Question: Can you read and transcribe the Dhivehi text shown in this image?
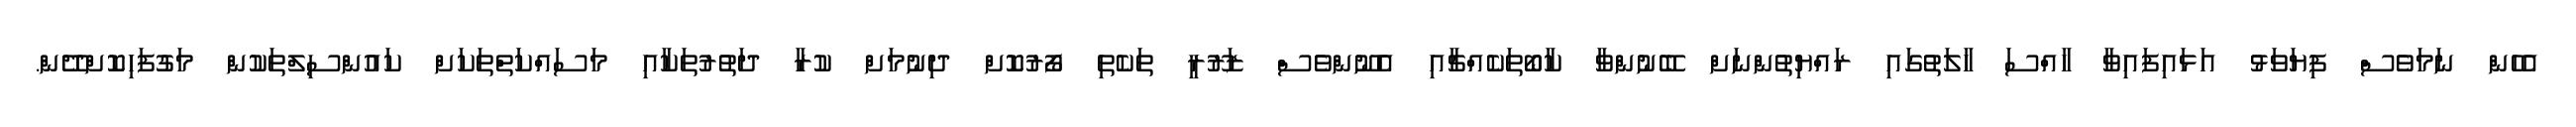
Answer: އެހެން ނަމަވެސް ފިޔަވަޅު އަޅައިފައިވާ ހާއްސަ ހާލަތުގައި ރައްޔިތުންނަށް ބޭނުންވާ ކާބޯތަކެއްޗާއި އެނޫންވެސް ޒަރޫރީ ތަކެތި ފޯރުކޮށް ދިނުމަށް ކުރާ ދަތުރުތަކާއި މަސައްކަތްތަކަށް ކައުންސިލްތަކުން މަގުފަހިކޮށްދޭން.